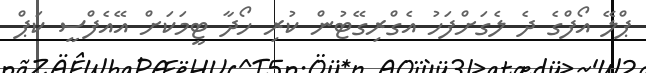
ޕްލޭ އޯފްގެ ދެ ލެގަށްފަހު އެގްރިގޭޓުން ކުރި ހޯދާ ޓީމަކަށް އޭއެފްސީ ކަޕް